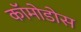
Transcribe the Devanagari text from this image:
कॉमोडोस